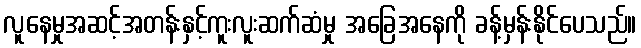
လူနေမှုအဆင့်အတန်းနှင့်ကူးလူးဆက်ဆံမှု အခြေအနေကို ခန့်မှန်းနိုင်ပေသည်။